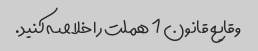
وقایع قانون 1 هملت را خلاصه کنید.